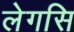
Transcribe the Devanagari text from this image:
लेगसि